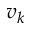
v _ { k }